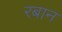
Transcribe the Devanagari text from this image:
रबान